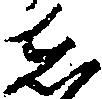
し